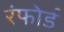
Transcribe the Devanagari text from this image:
रंफोर्ड